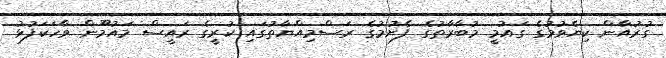
ގުރުއާން ކިޔެވުމުގެ ގައުމީ މުބާރާތުގެ ފެށުމުގެ ރަސްމިއްޔާތުގައި ކުރީގެ ރައީސް މައުމޫން ވާހަކަފުޅު